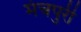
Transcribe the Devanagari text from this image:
मंचपुरी